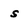
Character: s